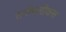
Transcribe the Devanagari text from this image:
सनीपलीकस